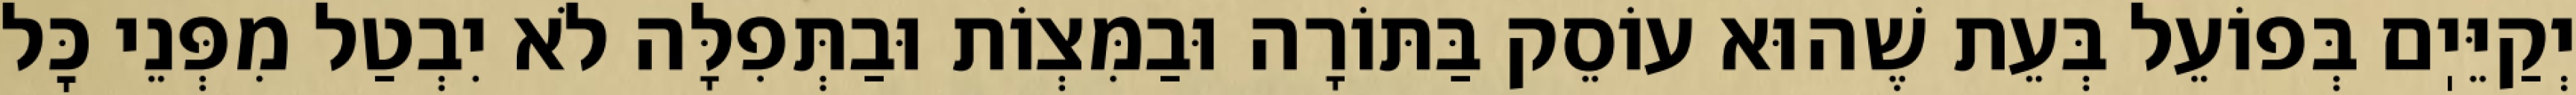
יְקַיֵּיֽם בְּפוֹעֵל בְּעֵת שֶׁהוּא עוֹסֵק בַּתּוֹרָה וּבַמִּצְוֹת וּבַתְּפִלָּה לֹא יִבְטַל מִפְּנֵי כׇּל